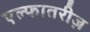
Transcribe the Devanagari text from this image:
एल्फातरीज़